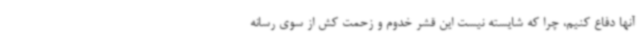
آنها دفاع کنیم، چرا که شایسته نیست این قشر خدوم و زحمت کش از سوی رسانه